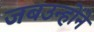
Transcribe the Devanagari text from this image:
जबउन्होंने